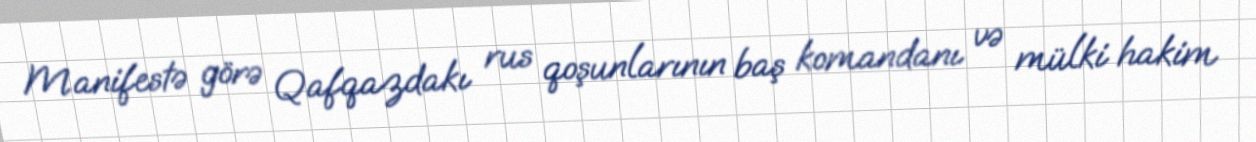
Manifestə görə Qafqazdakı rus qoşunlarının baş komandanı və mülki hakim